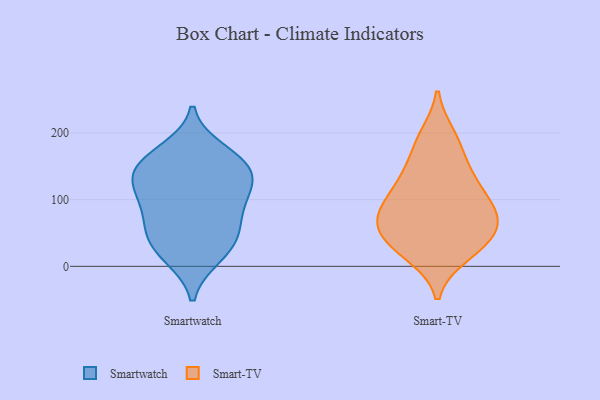
{"axis": {"x": "Backlog", "y": "Value"}, "legend": ["Smart-TV", "Smartwatch"], "data": [{"x": "", "y": 16, "type": "Smartwatch"}, {"x": "", "y": 142, "type": "Smartwatch"}, {"x": "", "y": 104, "type": "Smartwatch"}, {"x": "", "y": 67, "type": "Smartwatch"}, {"x": "", "y": 112, "type": "Smartwatch"}, {"x": "", "y": 141, "type": "Smartwatch"}, {"x": "", "y": 23, "type": "Smartwatch"}, {"x": "", "y": 147, "type": "Smartwatch"}, {"x": "", "y": 172, "type": "Smartwatch"}, {"x": "", "y": 100, "type": "Smartwatch"}, {"x": "", "y": 157, "type": "Smartwatch"}, {"x": "", "y": 44, "type": "Smartwatch"}, {"x": "", "y": 54, "type": "Smartwatch"}, {"x": "", "y": 85, "type": "Smart-TV"}, {"x": "", "y": 187, "type": "Smart-TV"}, {"x": "", "y": 124, "type": "Smart-TV"}, {"x": "", "y": 83, "type": "Smart-TV"}, {"x": "", "y": 112, "type": "Smart-TV"}, {"x": "", "y": 54, "type": "Smart-TV"}, {"x": "", "y": 65, "type": "Smart-TV"}, {"x": "", "y": 40, "type": "Smart-TV"}, {"x": "", "y": 31, "type": "Smart-TV"}, {"x": "", "y": 76, "type": "Smart-TV"}, {"x": "", "y": 195, "type": "Smart-TV"}, {"x": "", "y": 75, "type": "Smart-TV"}, {"x": "", "y": 132, "type": "Smart-TV"}, {"x": "", "y": 27, "type": "Smart-TV"}, {"x": "", "y": 153, "type": "Smart-TV"}, {"x": "", "y": 18, "type": "Smart-TV"}]}